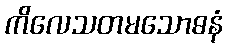
ကိလေသတမသောဓနံ